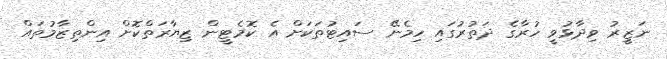
ނަޒީރު ވިދާޅުވީ ހުރާގެ ދަތުރުގައި ހިމެނޭ ސައިޓުތަކަށް އެ ކޮމެޓީން ޒިޔާރަތްކޮށް އިންތިޒާމުތައް